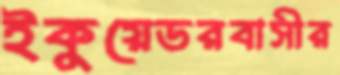
ইকুয়েডরবাসীর